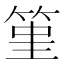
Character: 𥭤